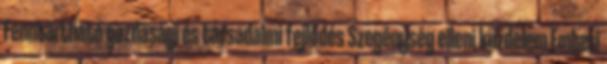
Fenntartható gazdasági és társadalmi fejlődés Szegénység elleni küzdelem Emberi